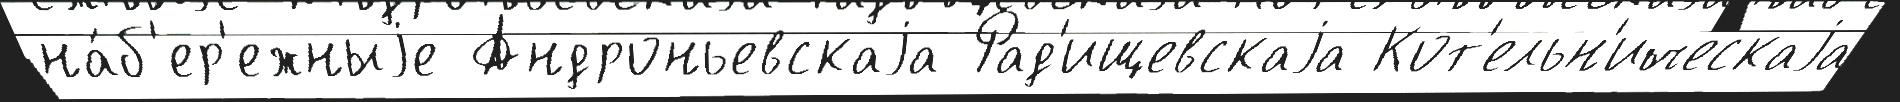
на́б'ер'ежныjе Андроньевскаjа Рад'ищевскаjа Кот'ельн'ическаjа